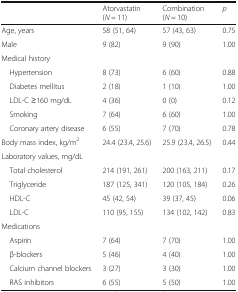
<table><thead><tr><td></td><td><b>Atorvastatin (<i>N</i> = 11)</b></td><td><b>Combination (<i>N</i> = 10)</b></td><td><b><i>p</i></b></td></tr></thead><tbody><tr><td>Age, years</td><td>58 (51, 64)</td><td>57 (43, 63)</td><td>0.75</td></tr><tr><td>Male</td><td>9 (82)</td><td>9 (90)</td><td>1.00</td></tr><tr><td colspan="4">Medical history</td></tr><tr><td> Hypertension</td><td>8 (73)</td><td>6 (60)</td><td>0.88</td></tr><tr><td> Diabetes mellitus</td><td>2 (18)</td><td>1 (10)</td><td>1.00</td></tr><tr><td> LDL-C ≥160 mg/dL</td><td>4 (36)</td><td>0 (0)</td><td>0.12</td></tr><tr><td> Smoking</td><td>7 (64)</td><td>6 (60)</td><td>1.00</td></tr><tr><td> Coronary artery disease</td><td>6 (55)</td><td>7 (70)</td><td>0.78</td></tr><tr><td>Body mass index, kg/m<sup>2</sup></td><td>24.4 (23.4, 25.6)</td><td>25.9 (23.4, 26.5)</td><td>0.44</td></tr><tr><td colspan="4">Laboratory values, mg/dL</td></tr><tr><td> Total cholesterol</td><td>214 (191, 261)</td><td>200 (163, 211)</td><td>0.17</td></tr><tr><td> Triglyceride</td><td>187 (125, 341)</td><td>120 (105, 184)</td><td>0.26</td></tr><tr><td> HDL-C</td><td>45 (42, 54)</td><td>39 (37, 45)</td><td>0.06</td></tr><tr><td> LDL-C</td><td>110 (95, 155)</td><td>134 (102, 142)</td><td>0.83</td></tr><tr><td colspan="4">Medications</td></tr><tr><td> Aspirin</td><td>7 (64)</td><td>7 (70)</td><td>1.00</td></tr><tr><td> β-blockers</td><td>5 (46)</td><td>4 (40)</td><td>1.00</td></tr><tr><td> Calcium channel blockers</td><td>3 (27)</td><td>3 (30)</td><td>1.00</td></tr><tr><td> RAS inhibitors</td><td>6 (55)</td><td>5 (50)</td><td>1.00</td></tr></tbody></table>